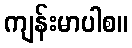
ကျန်းမာပါစ။